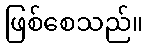
ဖြစ်စေသည်။